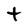
Character: t